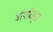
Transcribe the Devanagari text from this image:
बॉयफ्रेंड्स